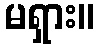
မရှား။